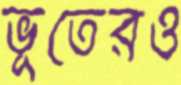
ভূতেরও